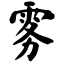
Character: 雾